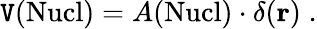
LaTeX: \mathtt{V}(\mathrm{{Nucl}})=A(\mathrm{{Nucl}})\cdot\delta({\mathbf{r}})\; .